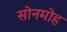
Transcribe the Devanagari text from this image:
सोनमोह